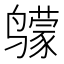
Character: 𲎈